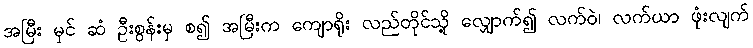
အမြီး မှင် ဆံ ဦးစွန်းမှ စ၍ အမြီးက ကျောရိုး လည်တိုင်သို့ လျှောက်၍ လက်ဝဲ၊ လက်ယာ ဖုံးလျက်